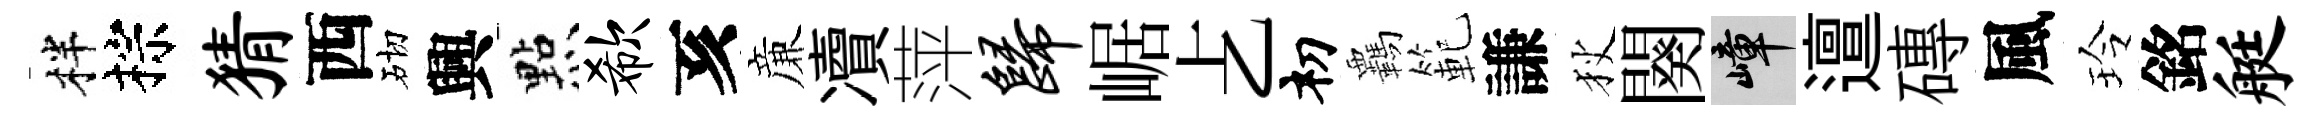
柈棕猜西砌興㸃欷亥亷凟萍归崌𠧒𥘉覊範謙狄闋嶂邅磚風玲銘艇